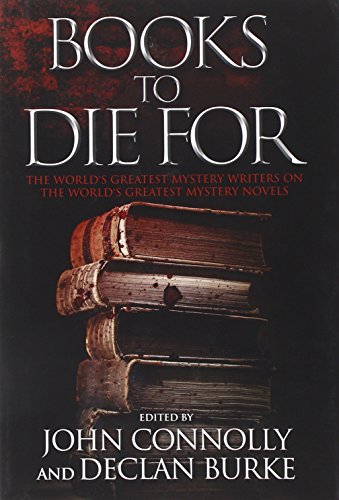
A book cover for Books to Die For: The World's Greatest Mystery Writers on the World's Greatest Mystery Novels; Mystery, Thriller & Suspense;